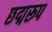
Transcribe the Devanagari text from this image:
छद्मरूप